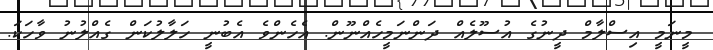
މީނަމީ އިސްލާމް ދީނުގެ އުސޫލެއް ދަންނަމީހެއްނޫން. އެހެންވެ އެބުނީ ހަލާލުކަން ގެއްލުނު ވާހަކަ.